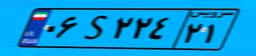
۵۶S۷۵۶۷۵